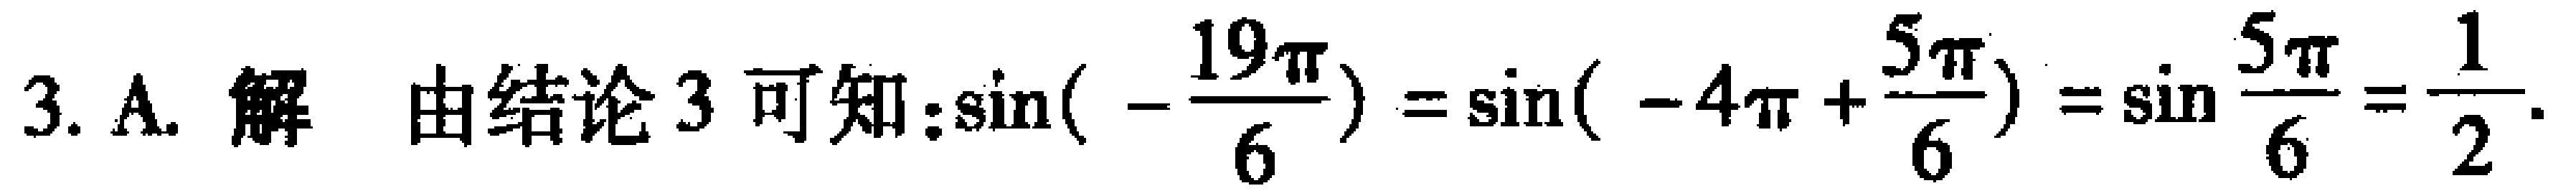
3. A. 解 由结论 3 可知:$\sin(-\frac{19\pi}{6})=\sin(-4\pi +\frac{5\pi}{6})=\sin\frac{5\pi}{6}=\frac{1}{2}.$